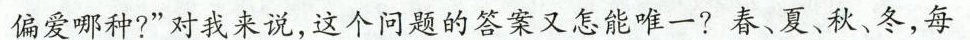
偏爱哪种?”对我来说，这个问题的答案又怎能唯一?春、夏、秋、冬，每